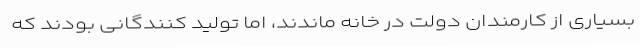
بسیاری از کارمندان دولت در خانه ماندند، اما تولید کنندگانی بودند که